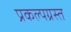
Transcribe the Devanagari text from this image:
प्रकल्पग्रस्त